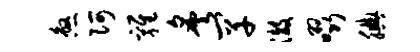
煞阿鸡炙罕澈啜腆